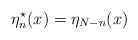
\begin{align*}\eta^{\star}_n(x) = \eta_{N-n}(x)\end{align*}